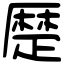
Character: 𠪴